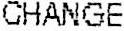
CHANGE